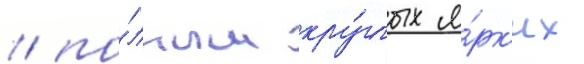
/ по́лным кру́глых я́рк'их